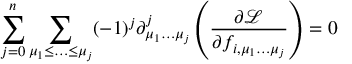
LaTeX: \sum _ { j = 0 } ^ { n } \sum _ { \mu _ { 1 } \leq \ldots \leq \mu _ { j } } ( - 1 ) ^ { j } \partial _ { \mu _ { 1 } \ldots \mu _ { j } } ^ { j } \left( { \frac { \partial { \mathcal { L } } } { \partial f _ { i , \mu _ { 1 } \dots \mu _ { j } } } } \right) = 0